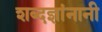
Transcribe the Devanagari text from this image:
शब्दज्ञांनानी